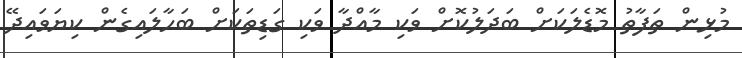
މުޅިން ތަފާތު މޮޑެލަކަށް ބަދަލުކޮށް ވަކި މާއްދާ ވަކި ގަޑިތަކަށް ބަހާލައިގެން ކިޔަވައިދޭ